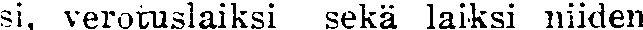
si, verotuslaiksi sekä laiksi niiden